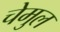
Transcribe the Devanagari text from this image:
चेमुल